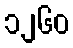
၁၂၆၀